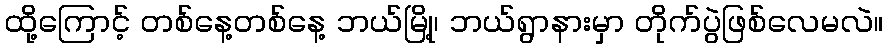
ထို့ကြောင့် တစ်နေ့တစ်နေ့ ဘယ်မြို့၊ ဘယ်ရွာနားမှာ တိုက်ပွဲဖြစ်လေမလဲ။